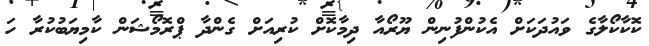
ކޮކާކޯލާގެ ވައުދަކަށް އެކުންފުނިން ޔޫރޯއާ ދިމާކޮށް ކުރިއަށް ގެންދާ ޕްރޮމޯޝަން ކާމިޔަބުކުރާ ހަ